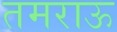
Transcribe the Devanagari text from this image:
तमराऊ